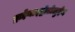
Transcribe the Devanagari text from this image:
ट्राईनाइट्रोटोलुईन